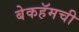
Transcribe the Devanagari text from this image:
बेकहॅमची